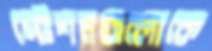
স্টেশনগুলোকে